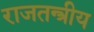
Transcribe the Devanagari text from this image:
राजतन्त्रीय